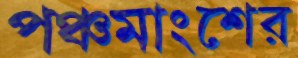
পঞ্চমাংশের